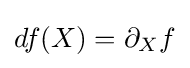
df(X)=\partial _{X}f